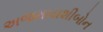
અજમાયશીબોન